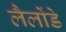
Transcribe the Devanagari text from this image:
लैलोंडे